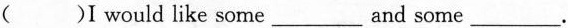
()I would like some___ and some___.